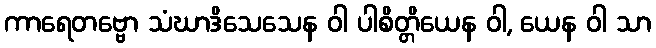
ကာရေတဗ္ဗော သံဃာဒိသေသေန ဝါ ပါစိတ္တိယေန ဝါ, ယေန ဝါ သာ